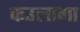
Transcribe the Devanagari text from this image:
कउलागा